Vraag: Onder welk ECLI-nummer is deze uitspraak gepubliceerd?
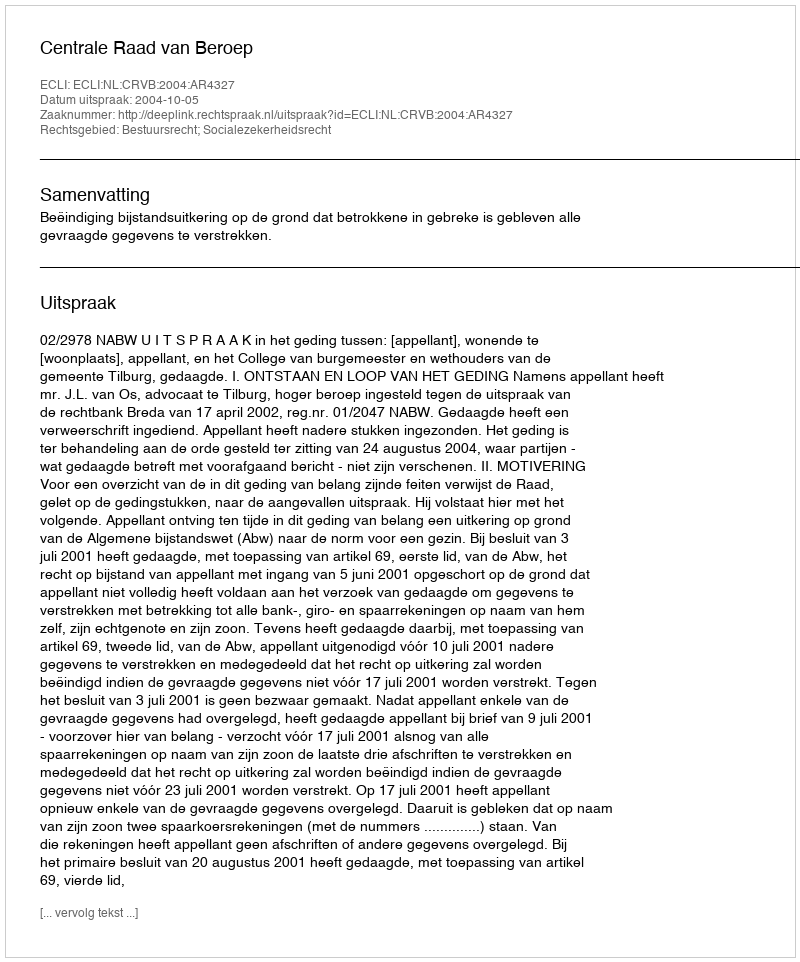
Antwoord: ECLI:NL:CRVB:2004:AR4327